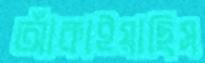
আঁকাইয়াছিস